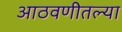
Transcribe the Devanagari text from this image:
आठवणीतल्या